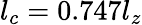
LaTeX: l_{c}=0.747l_{z}